Indian journal of veterinary science and animal husbandry - Volume 7,
Year: 1937
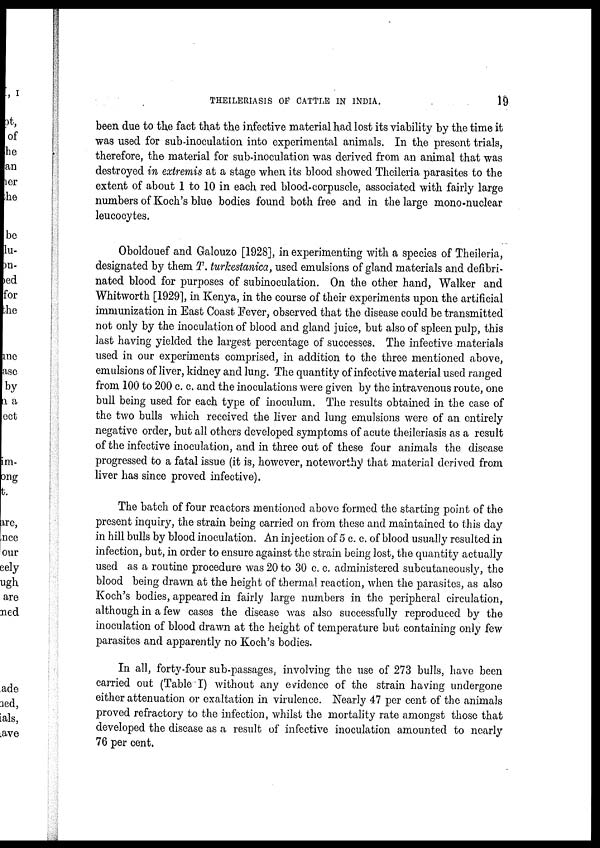
THEILERIASIS OF CATTLE IN INDIA.
19
been due to the fact that the infective material had lost its viability by the time it
was used for sub-inoculation into experimental animals. In the present trials,
therefore, the material for sub-inoculation was derived from an animal that was
destroyed in extremis at a stage when its blood showed Theileria parasites to the
extent of about 1 to 10 in each red blood-corpuscle, associated with fairly large
numbers of Koch's blue bodies found both free and in the large mono-nuclear
leucocytes.
Oboldouef and Galouzo [1928], in experimenting with a species of Theileria,
designated by them T. turkestanica, used emulsions of gland materials and defibri¬
nated blood for purposes of subinoculation. On the other hand, Walker and
Whitworth [1929], in Kenya, in the course of their experiments upon the artificial
immunization in East Coast Fever, observed that the disease could be transmitted
not only by the inoculation of blood and gland juice, but also of spleen pulp, this
last having yielded the largest percentage of successes. The infective materials
used in our experiments comprised, in addition to the three mentioned above,
emulsions of liver, kidney and lung. The quantity of infective material used ranged
from 100 to 200 c. c. and the inoculations were given by the intravenous route, one
bull being used for each type of inoculum. The results obtained in the case of
the two bulls which received the liver and lung emulsions were of an entirely
negative order, but all others developed symptoms of acute theileriasis as a result
of the infective inoculation, and in three out of these four animals the disease
progressed to a fatal issue (it is, however, noteworthy that material derived from
liver has since proved infective).
The batch of four reactors mentioned above formed the starting point of the
present inquiry, the strain being carried on from these and maintained to this day
in hill bulls by blood inoculation. An injection of 5 c. c. of blood usually resulted in
infection, but, in order to ensure against the strain being lost, the quantity actually
used as a routine procedure was 20 to 30 c. c. administered subcutaneously, the
blood being drawn at the height of thermal reaction, when the parasites, as also
Koch's bodies, appeared in fairly large numbers in the peripheral circulation,
although in a few cases the disease was also successfully reproduced by the
inoculation of blood drawn at the height of temperature but containing only few
parasites and apparently no Koch's bodies.
In all, forty-four sub-passages, involving the use of 273 bulls, have been
carried out (Table I) without any evidence of the strain having undergone
either attenuation or exaltation in virulence. Nearly 47 per cent of the animals
proved refractory to the infection, whilst the mortality rate amongst those that
developed the disease as a result of infective inoculation amounted to nearly
76 per cent.